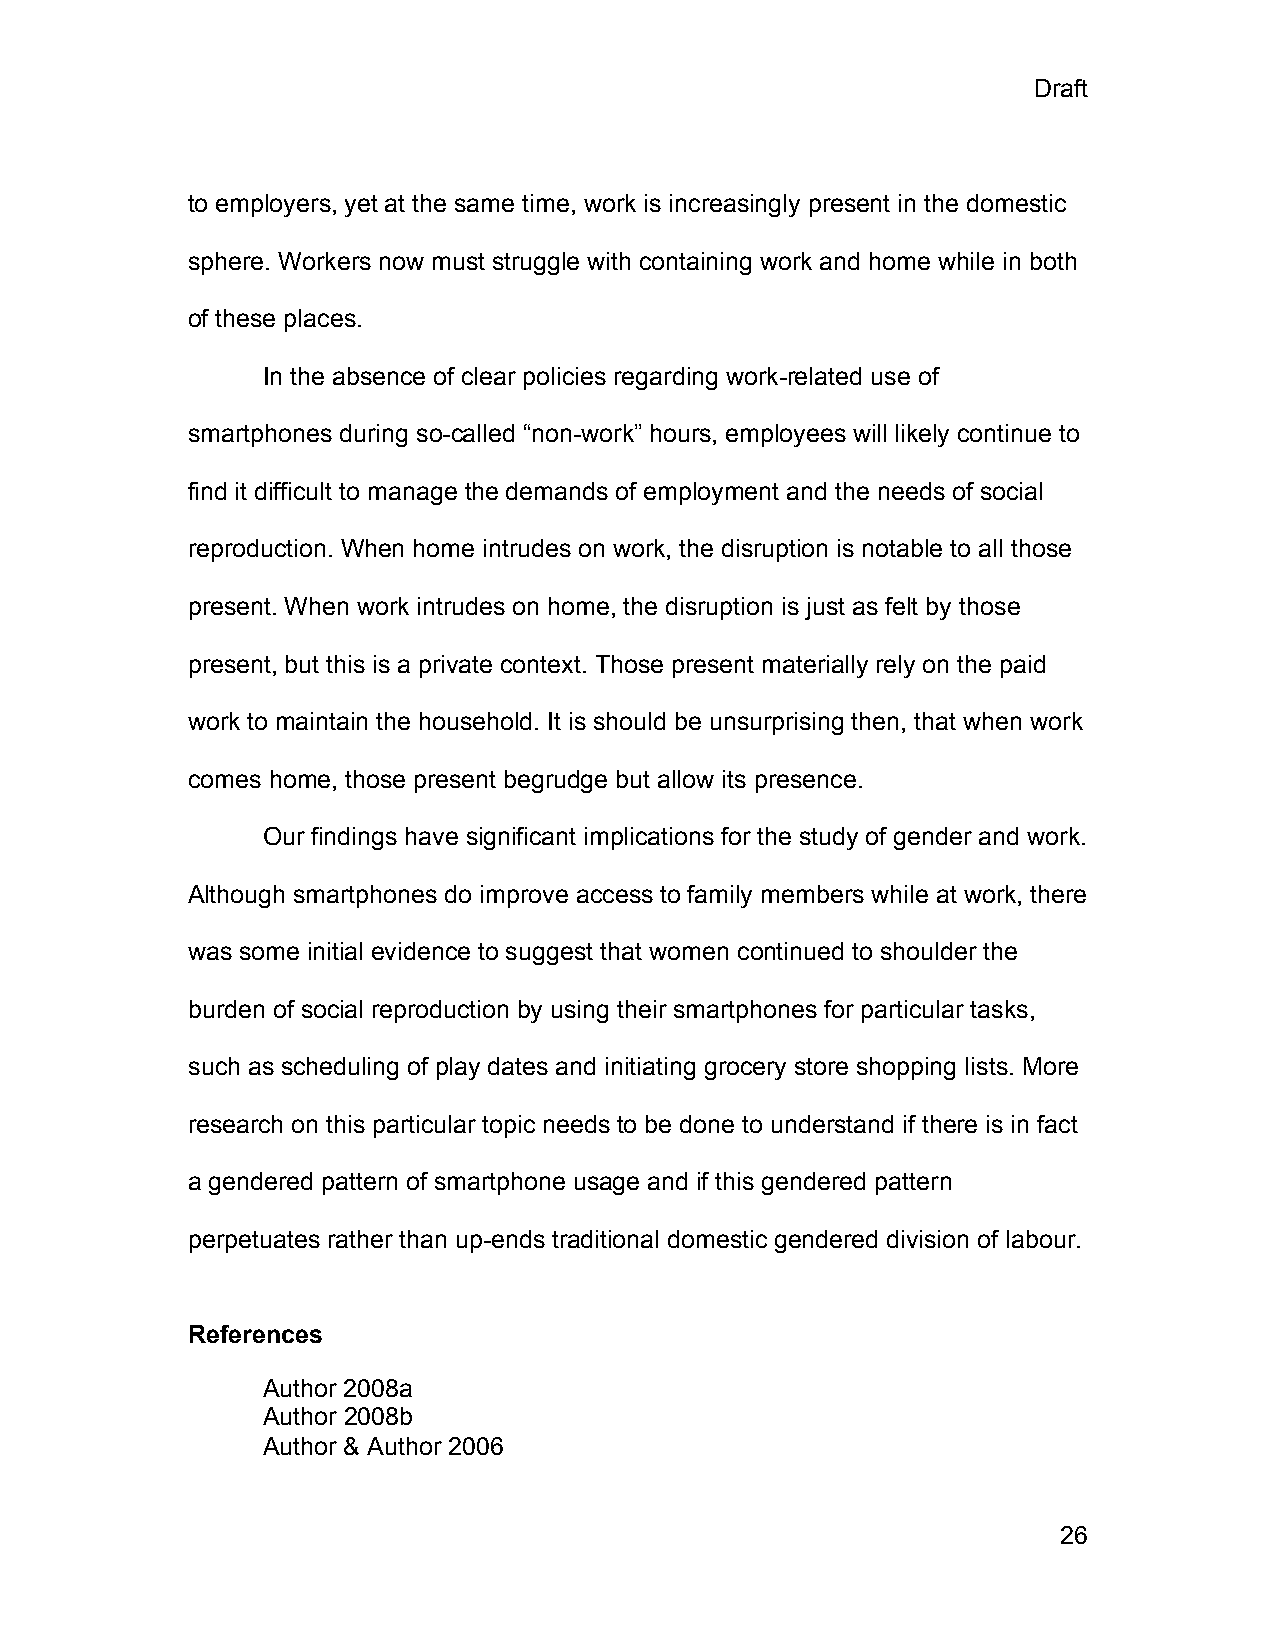
Draft
 to employers, yet at the same time, work is increasingly present in the domestic
 sphere. Workers now must struggle with containing work and home while in both
 of these places.
 In the absence of clear policies regarding work-related use of
 smartphones during so-called “non-work” hours, employees will likely continue to
 find it difficult to manage the demands of employment and the needs of social
 reproduction. When home intrudes on work, the disruption is notable to all those
 present. When work intrudes on home, the disruption is just as felt by those
 present, but this is a private context. Those present materially rely on the paid
 work to maintain the household. It is should be unsurprising then, that when work
 comes home, those present begrudge but allow its presence.
 Our findings have significant implications for the study of gender and work.
 Although smartphones do improve access to family members while at work, there
 was some initial evidence to suggest that women continued to shoulder the
 burden of social reproduction by using their smartphones for particular tasks,
 such as scheduling of play dates and initiating grocery store shopping lists. More
 research on this particular topic needs to be done to understand if there is in fact
 a gendered pattern of smartphone usage and if this gendered pattern
 perpetuates rather than up-ends traditional domestic gendered division of labour.
 References
 Author 2008a
 Author 2008b
 Author & Author 2006
 26